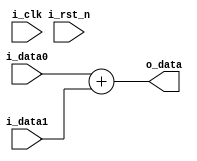
module adder #(
    parameter DATA_W = 64
)(
    input                   i_clk,
    input                   i_rst_n,
    input  [DATA_W-1:0]     i_data0,
    input  [DATA_W-1:0]     i_data1,
    output [DATA_W-1:0]     o_data
);
    /*
    reg [DATA_W/2:0] tmp0_r, tmp0_w;
    reg [DATA_W/2:0] tmp1_r, tmp1_w;
    reg [DATA_W-1:0] o_data_r, o_data_w;
    
    assign o_data = o_data_r;

    always @(*) begin
        tmp0_w = i_data0[DATA_W/2-1:0] + i_data1[DATA_W/2-1:0];
        tmp1_w = i_data0[DATA_W-1:DATA_W/2] + i_data1[DATA_W-1:DATA_W/2] + tmp0_r[DATA_W/2];
        o_data_w = {tmp1_r[DATA_W/2-1:0], tmp0_r[DATA_W/2-1:0]};
    end

    always @(posedge i_clk or negedge i_rst_n) begin
        if(~i_rst_n) begin
            tmp0_r <= 0;
            tmp1_r <= 0;
            o_data_r <= 0;
        end else begin
            tmp0_r <= tmp0_w;
            tmp1_r <= tmp1_w;
            o_data_r <= o_data_w;
        end
    end
    */
    assign o_data = i_data0 + i_data1;

endmodule